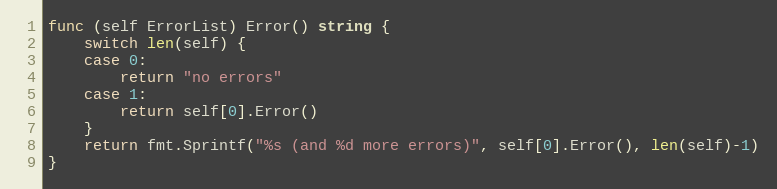
Language: Go
func (self ErrorList) Error() string {
	switch len(self) {
	case 0:
		return "no errors"
	case 1:
		return self[0].Error()
	}
	return fmt.Sprintf("%s (and %d more errors)", self[0].Error(), len(self)-1)
}